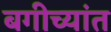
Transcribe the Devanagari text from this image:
बगीच्यांत